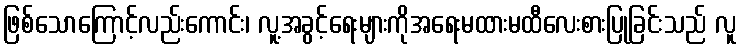
ဖြစ်သောကြောင့်လည်းကောင်း၊ လူ့အခွင့်ရေးများကိုအရေးမထားမထီလေးစားပြုခြင်းသည် လူ